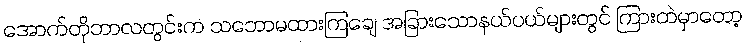
အောက်တိုဘာလတွင်းက သဘောမထားကြချေ အခြားသောနယ်ပယ်များတွင် ကြားထဲမှာတော့